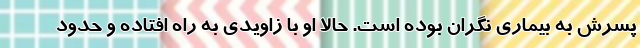
پسرش به بیماری نگران بوده است. حالا او با زاویدی به راه افتاده و حدود